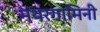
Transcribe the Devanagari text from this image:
मंथरगामिनी